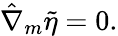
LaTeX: \hat{\nabla}_{m}\tilde{\eta}=0.